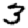
Digit: 3